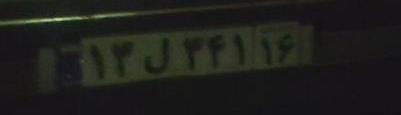
۱۳ل۳۴۱۱۶